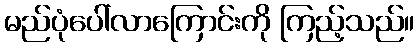
မည်ပုံပေါ်လာကြောင်းကို ကြည့်သည်။